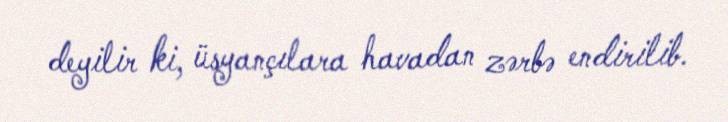
deyilir ki, üsyançılara havadan zərbə endirilib.